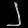
Digit: ၂